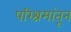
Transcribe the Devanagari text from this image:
परिश्रमांतून